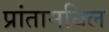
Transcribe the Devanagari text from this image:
प्रांतामधिल